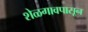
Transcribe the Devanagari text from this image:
शेळगावपासून